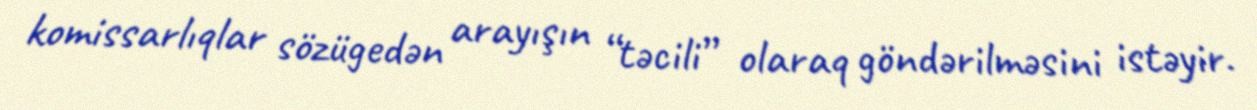
komissarlıqlar sözügedən arayışın “təcili” olaraq göndərilməsini istəyir.